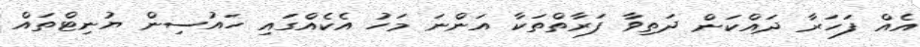
އެއް ފަހަރާ ދައްކަން ދަތިވާ ފަރާތްތަކާ އަންނަ މަހު އެކެއްގައި ހައުސިން ޔުނިޓްތައް